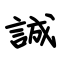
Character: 誠